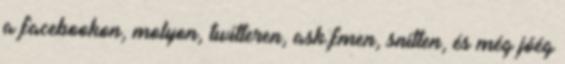
a facebookon, molyon, twitteren, ask.fmen, snitten, és még jóég